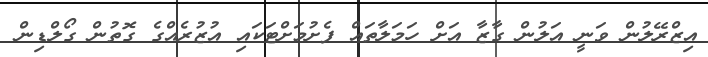
އިޒްރޭލުން ވަނީ އަލުން ގާޒާ އަށް ހަމަލާތައް ފެށުމަށްޓަކައި އުޒުރެއްގެ ގޮތުން ގޯލްޑިން